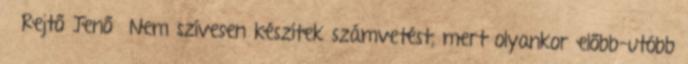
Rejtő Jenő Nem szívesen készítek számvetést, mert olyankor előbb-utóbb